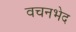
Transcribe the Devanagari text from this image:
वचनभेद